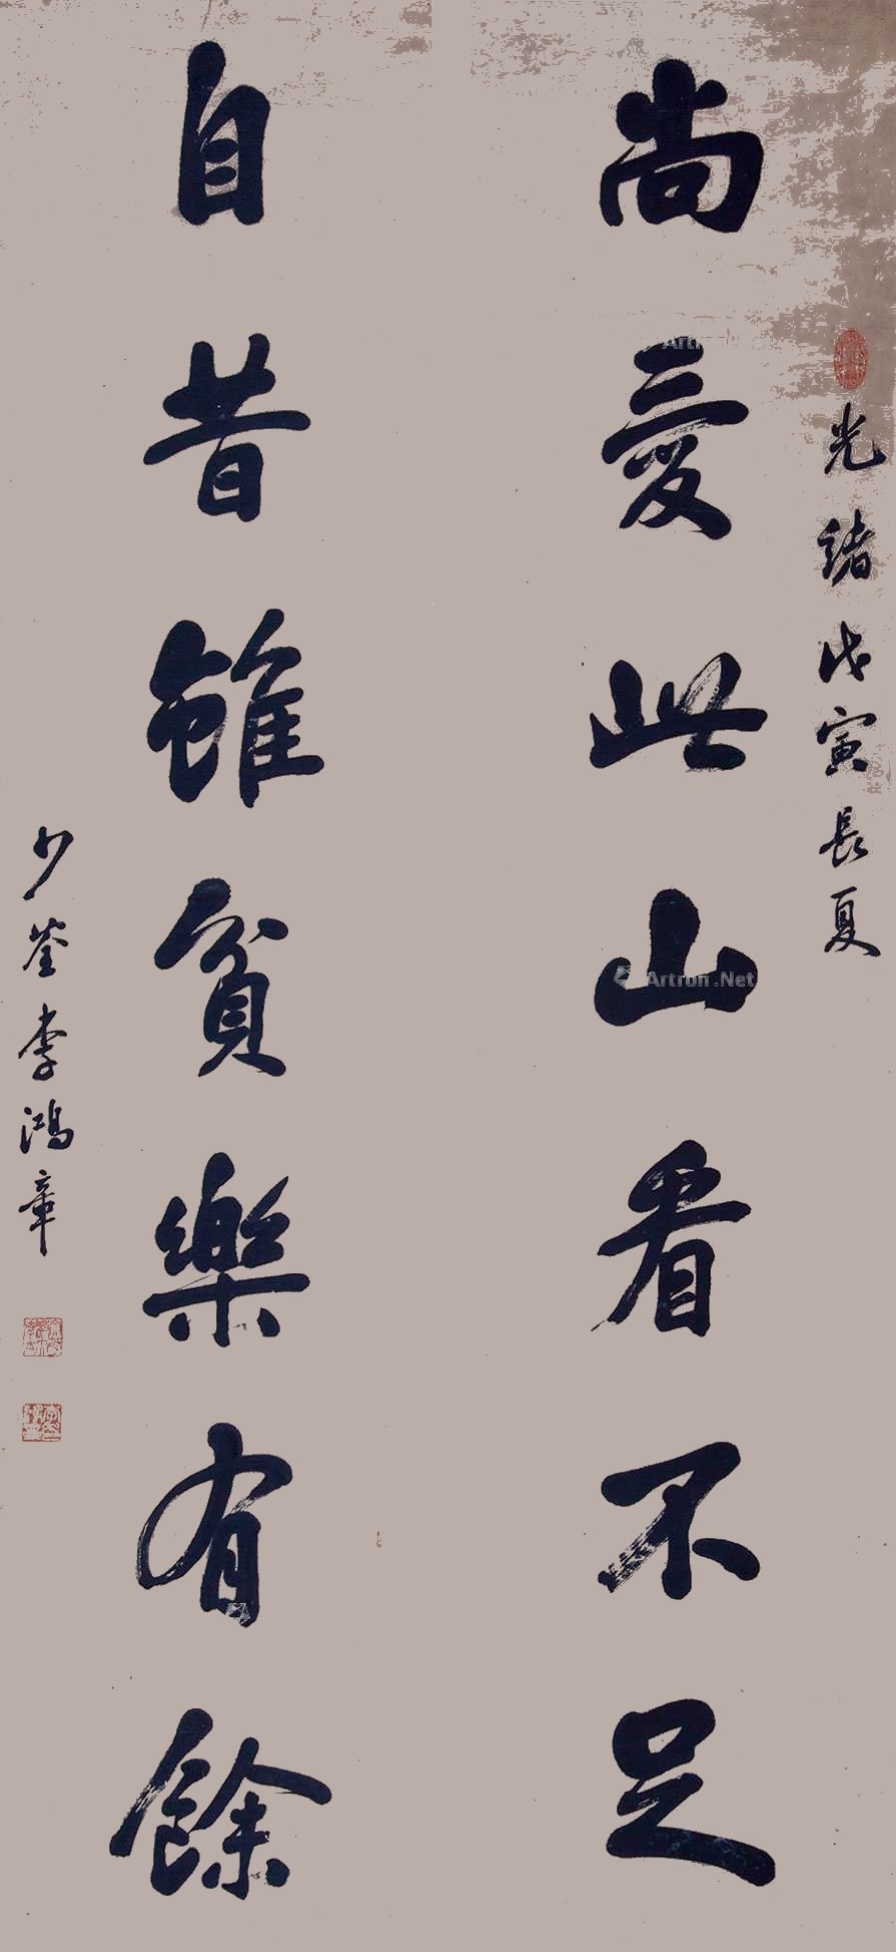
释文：尚爱此山看不足，自昔虽贫乐有余。光绪戊寅长夏。少荃李鸿章。